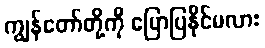
ကျွန်တော်တို့ကို ပြောပြနိုင်မလား